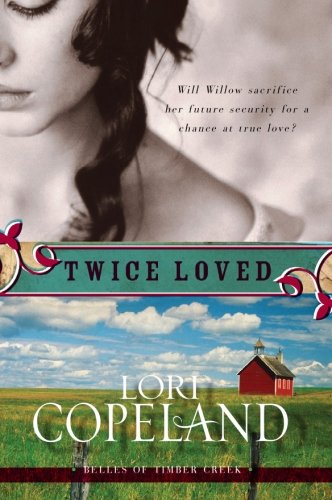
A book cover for Twice Loved (Belles of Timber Creek, Book 1); Lori Copeland; Religion & Spirituality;